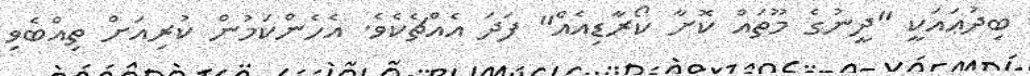
ބިދުޢައަކީ "ދީނުގެ މޫތައް ކޮށާ ކޯރާޑިއެއް" ފަދަ އެއްޗެކެވެ. އެހެންކަމުން ކުރިއަށް ތިއްބެވި